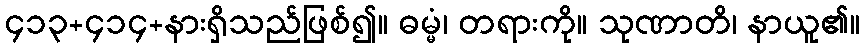
၄၁၃+၄၁၄+နားရှိသည်ဖြစ်၍။ ဓမ္မံ၊ တရားကို။ သုဏာတိ၊ နာယူ၏။